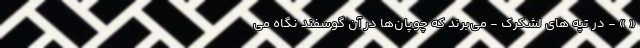
« » - در تپه های لشکرک - می‌برند که چوپان‌ها در آن گوسفند نگاه می